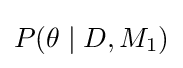
P(\theta \mid D,M_{1})